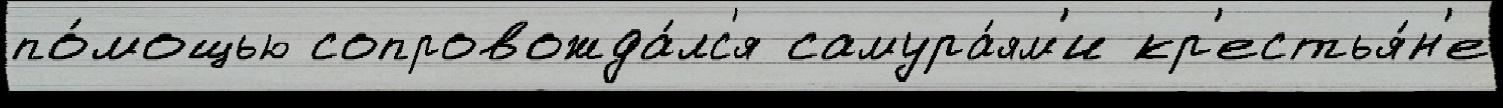
по́мощью сопровожда́лс'я самура́ям'и кр'естья́н'е